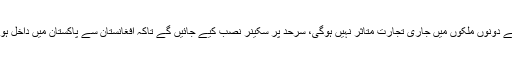
انہوں نے واضح کیا کہ باڑ کی وجہ سے دونوں ملکوں میں جاری تجارت متاثر نہیں ہوگی، سرحد پر سکینر نصب کیے جائیں گے تاکہ افغانستان سے پاکستان میں داخل ہونے والے ٹرکوں کو چیک کیا جاسکے۔